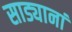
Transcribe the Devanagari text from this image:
साड्यानां